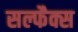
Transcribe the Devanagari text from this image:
सल्फैक्स